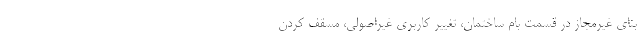
بنای غیرمجاز در قسمت بام ساختمان، تغییر کاربری غیراصولی، مسقف کردن